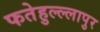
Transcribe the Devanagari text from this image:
फतेहुल्ल्लापुर